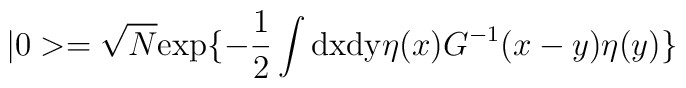
|0>=\sqrt N {\rm exp}\{-\frac{1}{2}\int {\rm dx dy}\eta(x)G^{-1}(x-y)\eta(y)\}